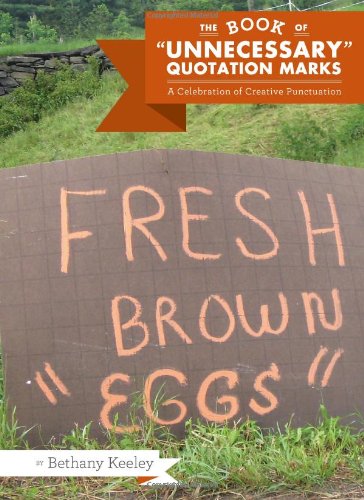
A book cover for The Book of "Unnecessary" Quotation Marks: A Celebration of Creative Punctuation; Bethany Keeley; Humor & Entertainment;